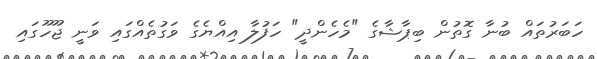
ހަބަރުތައް ބުނާ ގޮތުން ބިޕާޝާގެ "މެހެންދީ" ހަފުލާ އިއްޔެގެ ވަގުތެއްގައި ވަނީ ޖޫހޫގައި